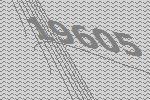
19605